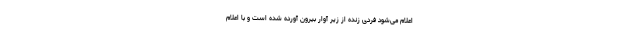
اعلام می‌شود فردی زنده از زیر آوار بیرون آورده شده است و با اعلام